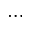
\dots